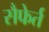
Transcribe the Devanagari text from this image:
सैफेर्त